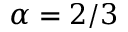
\alpha = 2 / 3